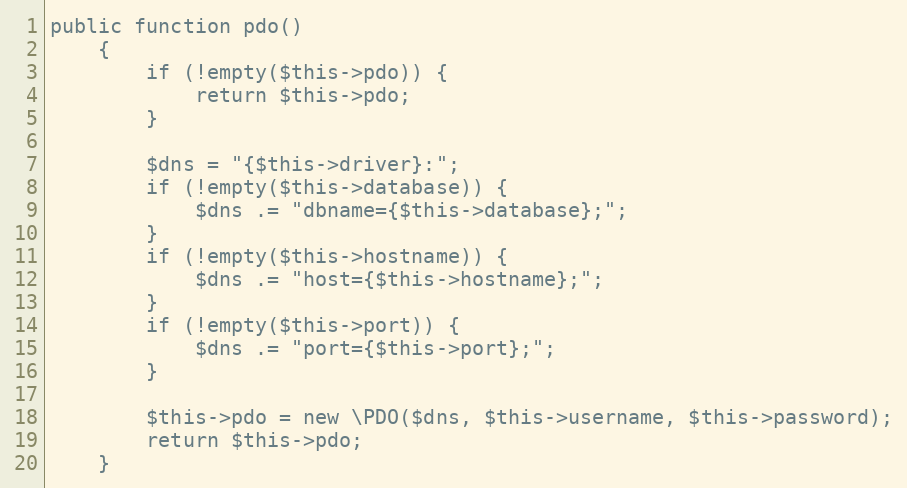
Language: PHP
public function pdo()
    {
        if (!empty($this->pdo)) {
            return $this->pdo;
        }

        $dns = "{$this->driver}:";
        if (!empty($this->database)) {
            $dns .= "dbname={$this->database};";
        }
        if (!empty($this->hostname)) {
            $dns .= "host={$this->hostname};";
        }
        if (!empty($this->port)) {
            $dns .= "port={$this->port};";
        }

        $this->pdo = new \PDO($dns, $this->username, $this->password);
        return $this->pdo;
    }